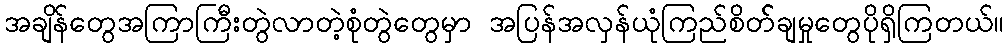
အချိန်တွေအကြာကြီးတွဲလာတဲ့စုံတွဲတွေမှာ အပြန်အလှန်ယုံကြည်စိတ််ချမှုတွေပိုရှိကြတယ်။